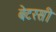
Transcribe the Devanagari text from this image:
बेटरसी